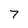
Character: 7